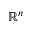
\mathbb { R } ^ { n }